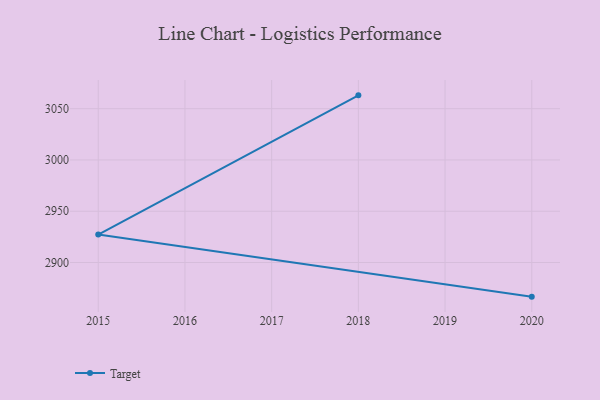
{"axis": {"x": "Year", "y": "Operating Costs (USD K)"}, "legend": ["Target"], "data": [{"x": "2020", "y": 2866.7, "type": "Target"}, {"x": "2015", "y": 2927.2, "type": "Target"}, {"x": "2018", "y": 3063.0, "type": "Target"}]}